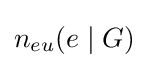
n_{eu}(e\mid G)